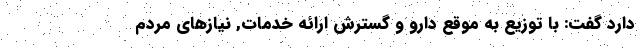
دارد گفت: با توزیع به موقع دارو و گسترش ارائه خدمات, نیازهای مردم